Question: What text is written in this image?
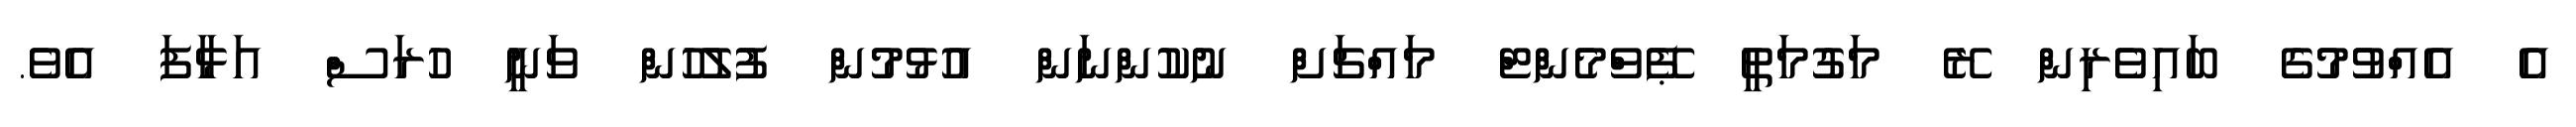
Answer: އެ އެއްވުމުގެ ބައިވެރިން ރޭ މަގުމަތީ ޕޭވްމެންޓް މައްޗަށް ނުކުންނަން އުޅުމުން ފުލުހުން ވަނީ ހުރަސް އަޅާފަ އެވެ.